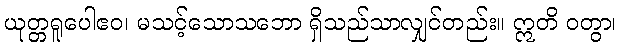
ယုတ္တရူပေါဧဝ၊ မသင့်သောသဘော ရှိသည်သာလျှင်တည်း။ ဣတိ ဝတွာ၊